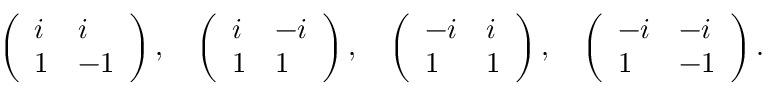
\left( \begin{array} { l l } { i } & { i } \\ { 1 } & { - 1 } \end{array} \right) , \ \ \ \left( \begin{array} { l l } { i } & { - i } \\ { 1 } & { 1 } \end{array} \right) , \ \ \ \left( \begin{array} { l l } { - i } & { i } \\ { 1 } & { 1 } \end{array} \right) , \ \ \ \left( \begin{array} { l l } { - i } & { - i } \\ { 1 } & { - 1 } \end{array} \right) .